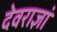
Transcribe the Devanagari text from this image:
देवराज्ञां